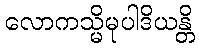
လောကသ္မိမုပါဒိယန္တိ